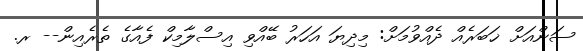
ސަންއަށް ޚަބަރެއް ދެއްވުމަށް: މިދިޔަ އަހަރު ބޭއްވި އިސްލާމިކް ފެއާގެ ތެރެއިން-- ރ.